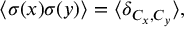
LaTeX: \langle \sigma ( x ) \sigma ( y ) \rangle = \langle \delta _ { C _ { x } , C _ { y } } \rangle , \protect